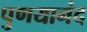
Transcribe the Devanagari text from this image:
पुणयानंद